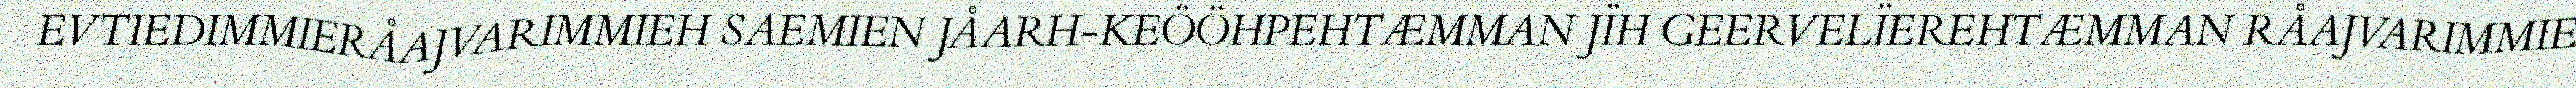
EVTIEDIMMIERÅAJVARIMMIEH SAEMIEN JÅARH-KEÖÖHPEHTÆMMAN JÏH GEERVELÏEREHTÆMMAN RÅAJVARIMMIE